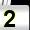
Digit: 2